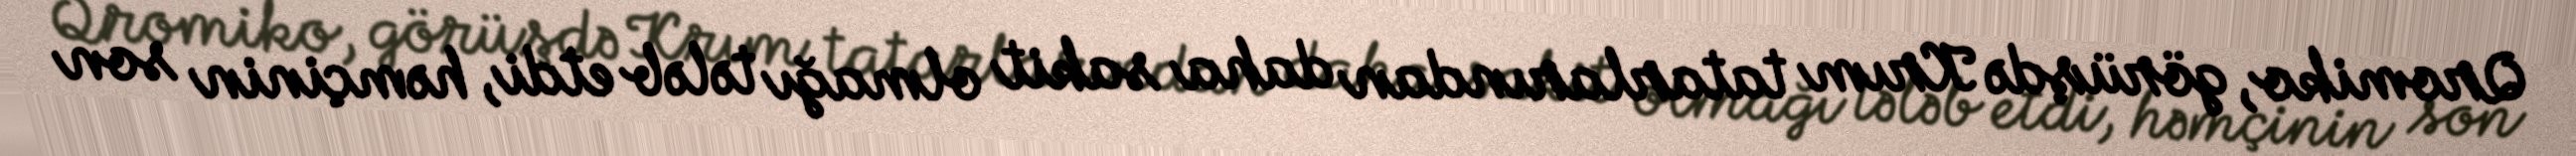
Qromiko, görüşdə Krım tatarlarından daha sakit olmağı tələb etdi, həmçinin son